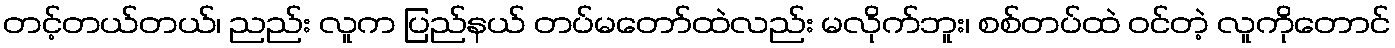
တင့်တယ်တယ်၊ ညည်း လူက ပြည်နယ် တပ်မတော်ထဲလည်း မလိုက်ဘူး၊ စစ်တပ်ထဲ ဝင်တဲ့ လူကိုတောင်